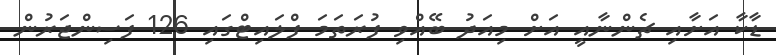
ޑާކާ އަށާއި ޗެންނާއީ އަށް މިއަދު ބޭއްވި ފުރަތަމަ ފްލައިޓްގައި 126 ފަސިންޖަރުން